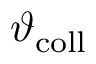
\vartheta _ { \mathrm { c o l l } }